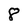
Character: 8